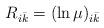
LaTeX: \begin{align*}R_{i\bar{k}} = (\ln \mu)_{i \bar{k}}\end{align*}